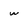
Character: w